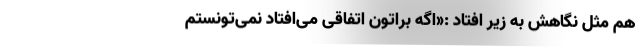
هم مثل نگاهش به زیر افتاد :«اگه براتون اتفاقی می‌افتاد نمی‌تونستم